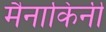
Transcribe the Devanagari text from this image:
मैनाकिनी